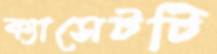
ক্যাসেটটি